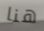
هنا